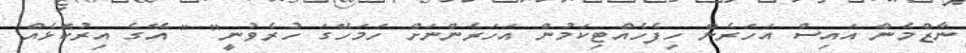
ނާޒްމެން އައިސް އަހަރެން ހިފެހެއްޓިކަމުން އަހަރެންނަށް ހަމަހޭގަ ހުރެވުނީ" " އޭގެ އިރުކޮޅެއް